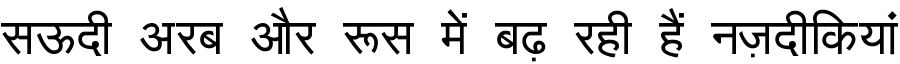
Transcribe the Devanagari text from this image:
सऊदी अरब और रूस में बढ़ रही हैं नज़दीकियां